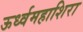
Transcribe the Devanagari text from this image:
ऊर्ध्वमहाशिरा